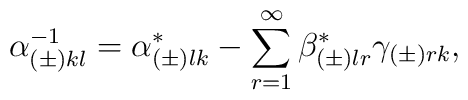
\alpha^{-1}_{(\pm)kl}=\alpha^*_{(\pm)lk}-\sum_{r=1}^\infty \beta^*_{(\pm)lr}\gamma_{(\pm)rk},